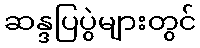
ဆန္ဒပြပွဲများတွင်